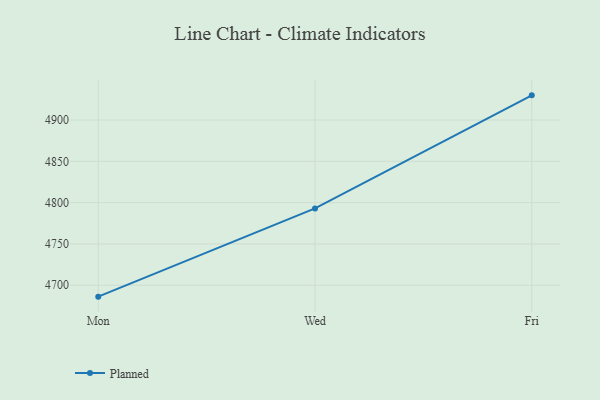
{"axis": {"x": "Day", "y": "Operating Costs (USD K)"}, "legend": ["Planned"], "data": [{"x": "Mon", "y": 4686.2, "type": "Planned"}, {"x": "Wed", "y": 4793.0, "type": "Planned"}, {"x": "Fri", "y": 4929.9, "type": "Planned"}]}